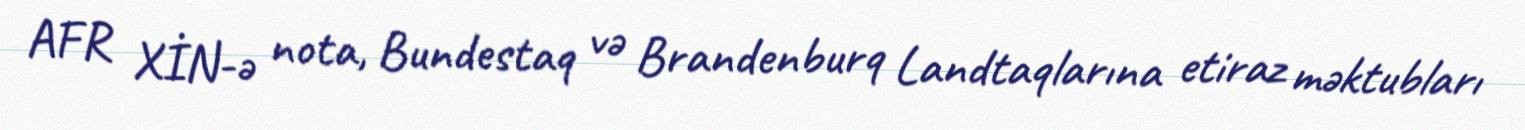
AFR XİN-ə nota, Bundestaq və Brandenburq Landtaqlarına etiraz məktubları